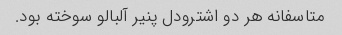
متاسفانه هر دو اشترودل پنیر آلبالو سوخته بود.